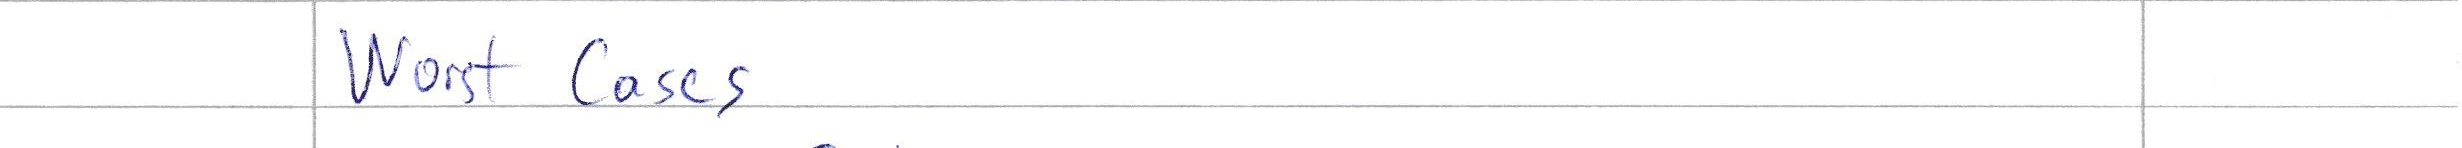
Worst Cases